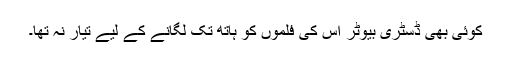
کوئی بھی ڈسٹری بیوٹر اس کی فلموں کو ہاتھ تک لگانے کے لیے تیار نہ تھا۔